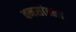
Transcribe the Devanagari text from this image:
वनसांवळा